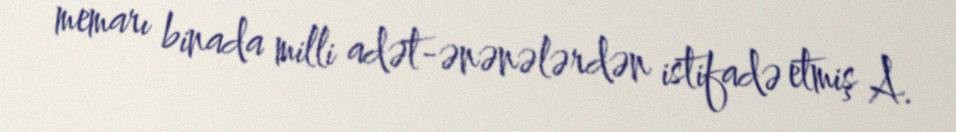
memarı binada milli adət-ənənələrdən istifadə etmiş A.